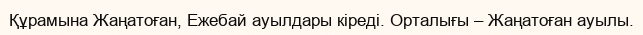
Құрамына Жаңатоған, Ежебай ауылдары кіреді. Орталығы – Жаңатоған ауылы.